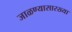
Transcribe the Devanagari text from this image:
जाळण्यासारख्या